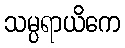
သမ္ပရာယိကေ